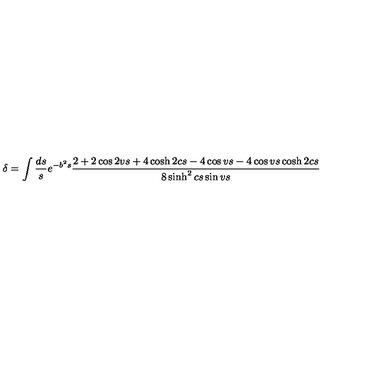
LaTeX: \delta = \int \frac { d s } { s } e ^ { - b ^ { 2 } s } \frac { 2 + 2 \cos 2 v s + 4 \cosh 2 c s - 4 \cos v s - 4 \cos v s \cosh 2 c s } { 8 \sinh ^ { 2 } c s \sin v s }